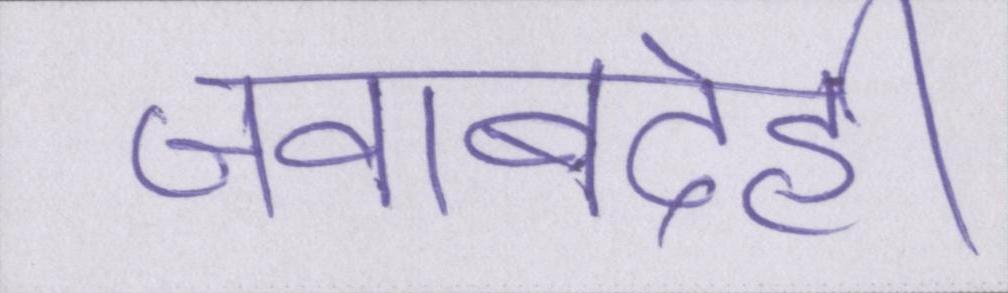
जवाबदेही